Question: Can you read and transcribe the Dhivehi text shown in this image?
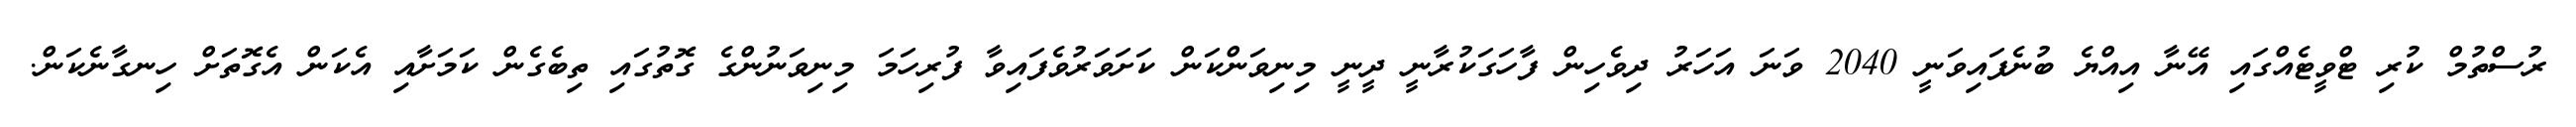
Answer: ރުސްތުމް ކުރި ޓްވީޓެއްގައި އޭނާ އިއްޔެ ބުނެފައިވަނީ 2040 ވަނަ އަހަރު ދިވެހިން ފާހަގަކުރާނީ ދީނީ މިނިވަންކަން ކަށަވަރުވެފައިވާ ފުރިހަމަ މިނިވަނުންގެ ގޮތުގައި ތިބެގެން ކަމަށާއި އެކަން އެގޮތަށް ހިނގާނެކަން.